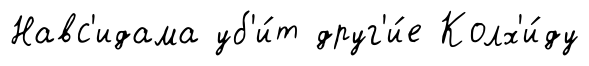
Навс'идама уб'и́т друг'и́е Колх'и́ду